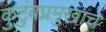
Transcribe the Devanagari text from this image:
कुटुंबप्रमुखाचे